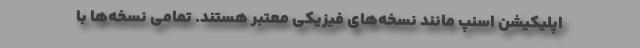
اپلیکیشن اسنپ مانند نسخه‌های فیزیکی معتبر هستند. تمامی نسخه‌ها با